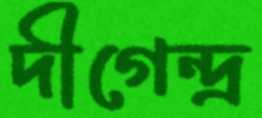
দীগেন্দ্র